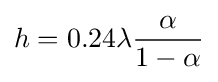
h=0.24\lambda {\alpha  \over 1-\alpha }